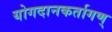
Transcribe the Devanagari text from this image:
योगदानकर्तागण्